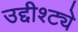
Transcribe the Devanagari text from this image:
उद्दीश्ट्ये